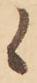
候